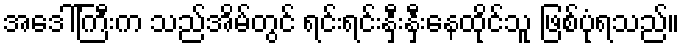
အဒေါ်ကြီးက သည်အိမ်တွင် ရင်းရင်းနှီးနှီးနေထိုင်သူ ဖြစ်ပုံရသည်။